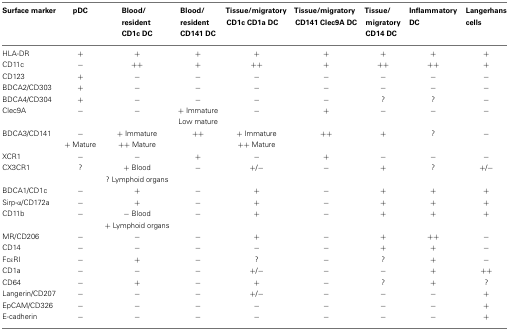
| Surface marker | pDC | Blood/resident CD1c DC | Blood/resident CD141 DC | Tissue/migratory CD1c CD1a DC | Tissue/migratory CD141 Clec9A DC | Tissue/migratory CD14 DC | Inflammatory DC | Langerhans cells |
 | --- | --- | --- | --- | --- | --- | --- | --- | --- |
 | HLA-DR | + | + | + | + | + | + | + | + |
 | CD11c | − | ++ | + | ++ | + | ++ | ++ | + |
 | CD123 | + | − | − | − | − | − | − | − |
 | BDCA2/CD303 | + | − | − | − | − | − | − | − |
 | BDCA4/CD304 | + | − | − | − | − | ? | ? | − |
 | Clec9A | − | − | + Immature | − | + | − | − | − |
 |  |  |  | Low mature |  |
 | BDCA3/CD141 | − | + Immature | ++ | + Immature | ++ | + | ? | − |
 |  | + Mature | ++ Mature |  | ++ Mature |  |
 | XCR1 | − | − | + | − | + | − | − | − |
 | CX3CR1 | ? | + Blood | − | +/− | − | + | ? | +/− |
 |  |  | ? Lymphoid organs |  |
 | BDCA1/CD1c | − | + | − | + | − | + | + | + |
 | Sirp-α/CD172a | − | + | − | + | − | + | + | + |
 | CD11b | − | −Blood | − | + | − | + | + | + |
 |  |  | + Lymphoid organs |  |
 | MR/CD206 | − | − | − | + | − | + | ++ | − |
 | CD14 | − | − | − | − | − | + | + | − |
 | FcεRI | − | + | − | ? | − | ? | + | − |
 | CD1a | − | − | − | +/− | − | − | + | ++ |
 | CD64 | − | + | − | + | − | ? | + | ? |
 | Langerin/CD207 | − | − | − | +/− | − | − | − | + |
 | EpCAM/CD326 | − | − | − | − | − | − | − | + |
 | E-cadherin | − | − | − | − | − | − | − | + |